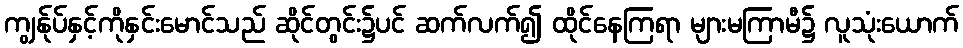
ကျွန်ုပ်နှင့်ကိုနှင်းမောင်သည် ဆိုင်တွင်း၌ပင် ဆက်လက်၍ ထိုင်နေကြရာ များမကြာမီ၌ လူသုံးယောက်